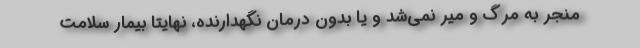
منجر به مرگ و میر نمی‌شد و یا بدون درمان نگهدارنده، نهایتا بیمار سلامت